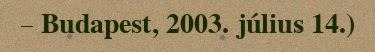
– Budapest, 2003. július 14.)